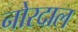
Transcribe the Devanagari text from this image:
नोरदाल